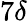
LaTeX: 7\delta